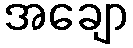
အချော